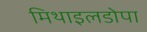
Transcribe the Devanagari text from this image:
मिथाइलडोपा